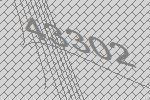
43302